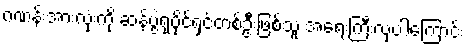
ဂဏန်းအားလုံးကို ဆန်ပွဲရုံပိုင်ရှင်တစ်ဦးဖြစ်သူ အရေးကြီးလှပါကြောင်း